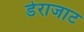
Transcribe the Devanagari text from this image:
डेराजाट